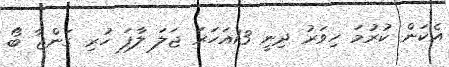
އެކަން ކުރުމަ ހިވަރު ދިނީ 13އަހަރަ ޖަލަ ލާފަ ހުރި ގަންޖާ ބޯ